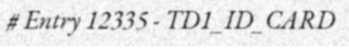
# Entry 12335 - TD1_ID_CARD